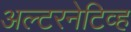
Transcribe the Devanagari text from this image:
अल्टरनेटिव्ह